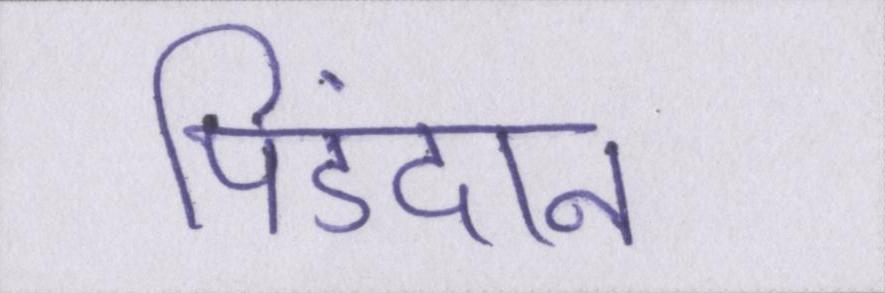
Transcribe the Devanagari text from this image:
पिंडदान